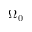
\Omega _ { 0 }